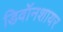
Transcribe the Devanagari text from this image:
डिवॉनशायर